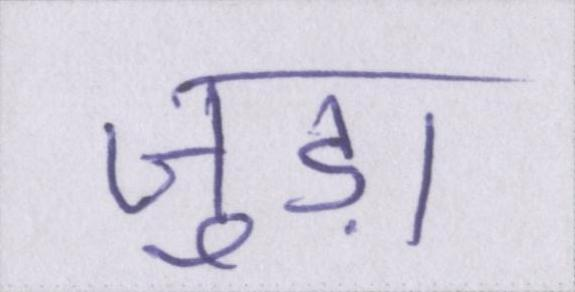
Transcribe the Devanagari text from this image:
जुड़ा